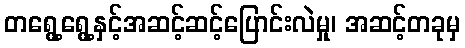
တရွေ့ရွေ့နှင့်အဆင့်ဆင့်ပြောင်းလဲမှု၊ အဆင့်တခုမှ